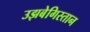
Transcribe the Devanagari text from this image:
उझबेगिस्तान